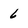
Character: 6